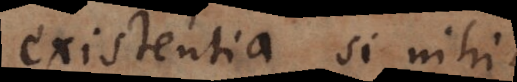
existentia, si nihil